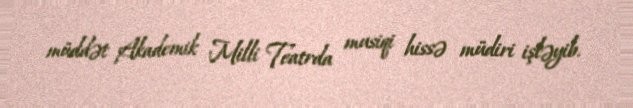
müddət Akademik Milli Teatrda musiqi hissə müdiri işləyib.